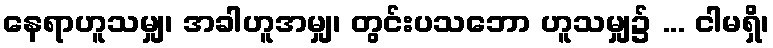
နေရာဟူသမျှ၊ အခါဟူအမျှ၊ တွင်းပသဘော ဟူသမျှ၌ ... ငါမရှိ၊